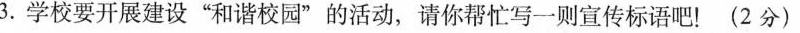
3.学校要开展建设”和谐校园”的活动，请你帮忙写一则宣传标语吧！(2分)